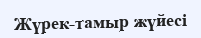
Жүрек-тамыр жүйесі